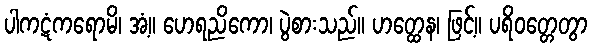
ပါကဋံကရောမိ၊ အံ့။ ဟေရညိကော၊ ပွဲစားသည်။ ဟတ္ထေန၊ ဖြင့်။ ပရိဝတ္တေတွာ